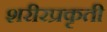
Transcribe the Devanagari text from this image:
शरीरप्रकृती